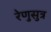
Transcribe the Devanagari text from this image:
रेणुसुत्र